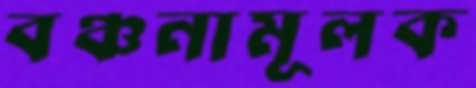
বঞ্চনামূলক